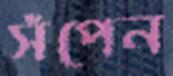
সঁপেন